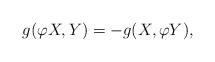
LaTeX: \begin{align*}g(\varphi X,Y)=-g(X,\varphi Y),\end{align*}